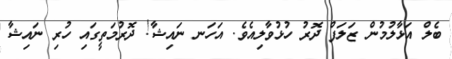
ބެލް އަޅާލުމުން ޒަލަފް ދޮރު ހުޅުވާލިއެވެ. އަހަނ ނައިޝާ! ދޮރުމަތީގައި ހުރި ނައިޝާ